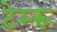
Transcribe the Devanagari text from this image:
टेम्‍रू